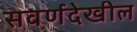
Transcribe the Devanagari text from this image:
सवर्णदेखील